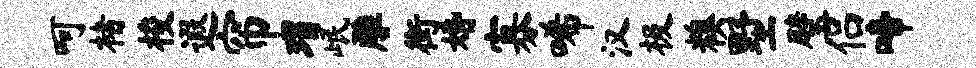
呵楮梭遐帘瑁岷雕街婚寡唏汉极糗墅璧侣啼